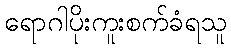
ရောဂါပိုးကူးစက်ခံရသူ